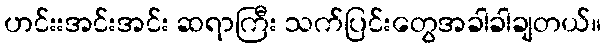
ဟင်းးအင်းအင်း ဆရာကြီး သက်ပြင်းတွေအခါခါချတယ်။